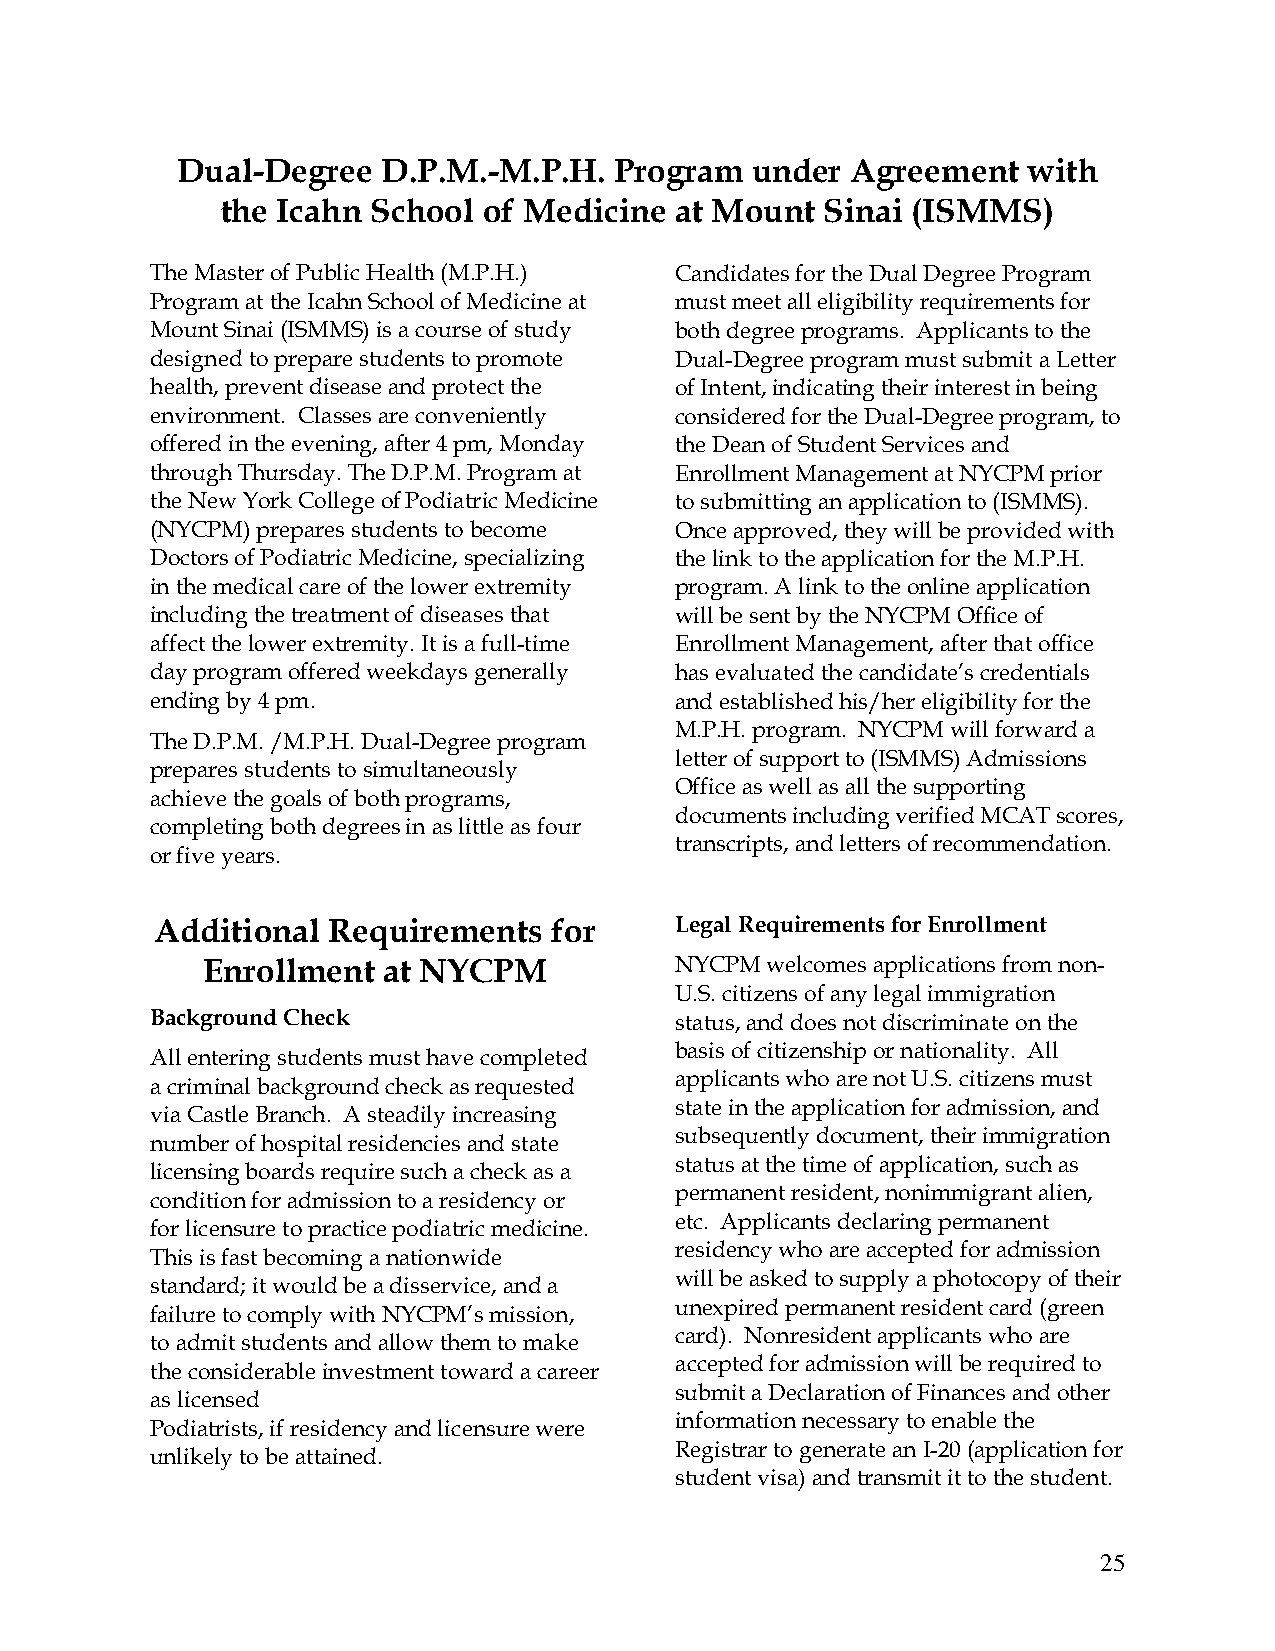
Dual-Degree  D.P.M.-M.P.H.   Program  under Agreement   with
 the Icahn School of Medicine  at Mount  Sinai (ISMMS)
 The Master of Public Health (M.P.H.) Candidates for the Dual Degree Program
 Program at the Icahn School of Medicine at must meet all eligibility requirements for
 Mount Sinai (ISMMS) is a course of study both degree programs. Applicants to the
 designed to prepare students to promote Dual-Degree program must submit a Letter
 health, prevent disease and protect the of Intent, indicating their interest in being
 environment. Classes are conveniently considered for the Dual-Degree program, to
 offered in the evening, after 4 pm, Monday the Dean of Student Services and
 through Thursday. The D.P.M. Program at Enrollment Management at NYCPM prior
 the New York College of Podiatric Medicine to submitting an application to (ISMMS).
 (NYCPM) prepares students to become Once approved, they will be provided with
 Doctors of Podiatric Medicine, specializing the link to the application for the M.P.H.
 in the medical care of the lower extremity program. A link to the online application
 including the treatment of diseases that will be sent by the NYCPM Office of
 affect the lower extremity. It is a full-time Enrollment Management, after that office
 day program offered weekdays generally has evaluated the candidate’s credentials
 ending by 4 pm.                    and established his/her eligibility for the
 M.P.H. program. NYCPM will forward a
 The D.P.M. /M.P.H. Dual-Degree program
 letter of support to (ISMMS) Admissions
 prepares students to simultaneously
 Office as well as all the supporting
 achieve the goals of both programs,
 documents including verified MCAT scores,
 completing both degrees in as little as four
 transcripts, and letters of recommendation.
 or five years.
 Additional  Requirements   for     Legal Requirements for Enrollment
 Enrollment  at NYCPM            NYCPM welcomes applications from non-
 U.S. citizens of any legal immigration
 Background Check                   status, and does not discriminate on the
 basis of citizenship or nationality. All
 All entering students must have completed
 applicants who are not U.S. citizens must
 a criminal background check as requested
 state in the application for admission, and
 via Castle Branch. A steadily increasing
 subsequently document, their immigration
 number of hospital residencies and state
 status at the time of application, such as
 licensing boards require such a check as a
 permanent resident, nonimmigrant alien,
 condition for admission to a residency or
 etc. Applicants declaring permanent
 for licensure to practice podiatric medicine.
 residency who are accepted for admission
 This is fast becoming a nationwide
 will be asked to supply a photocopy of their
 standard; it would be a disservice, and a
 unexpired permanent resident card (green
 failure to comply with NYCPM’s mission,
 card). Nonresident applicants who are
 to admit students and allow them to make
 accepted for admission will be required to
 the considerable investment toward a career
 submit a Declaration of Finances and other
 as licensed
 information necessary to enable the
 Podiatrists, if residency and licensure were
 Registrar to generate an I-20 (application for
 unlikely to be attained.
 student visa) and transmit it to the student.
 25